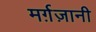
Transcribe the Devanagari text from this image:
मर्ग़ज़ानी